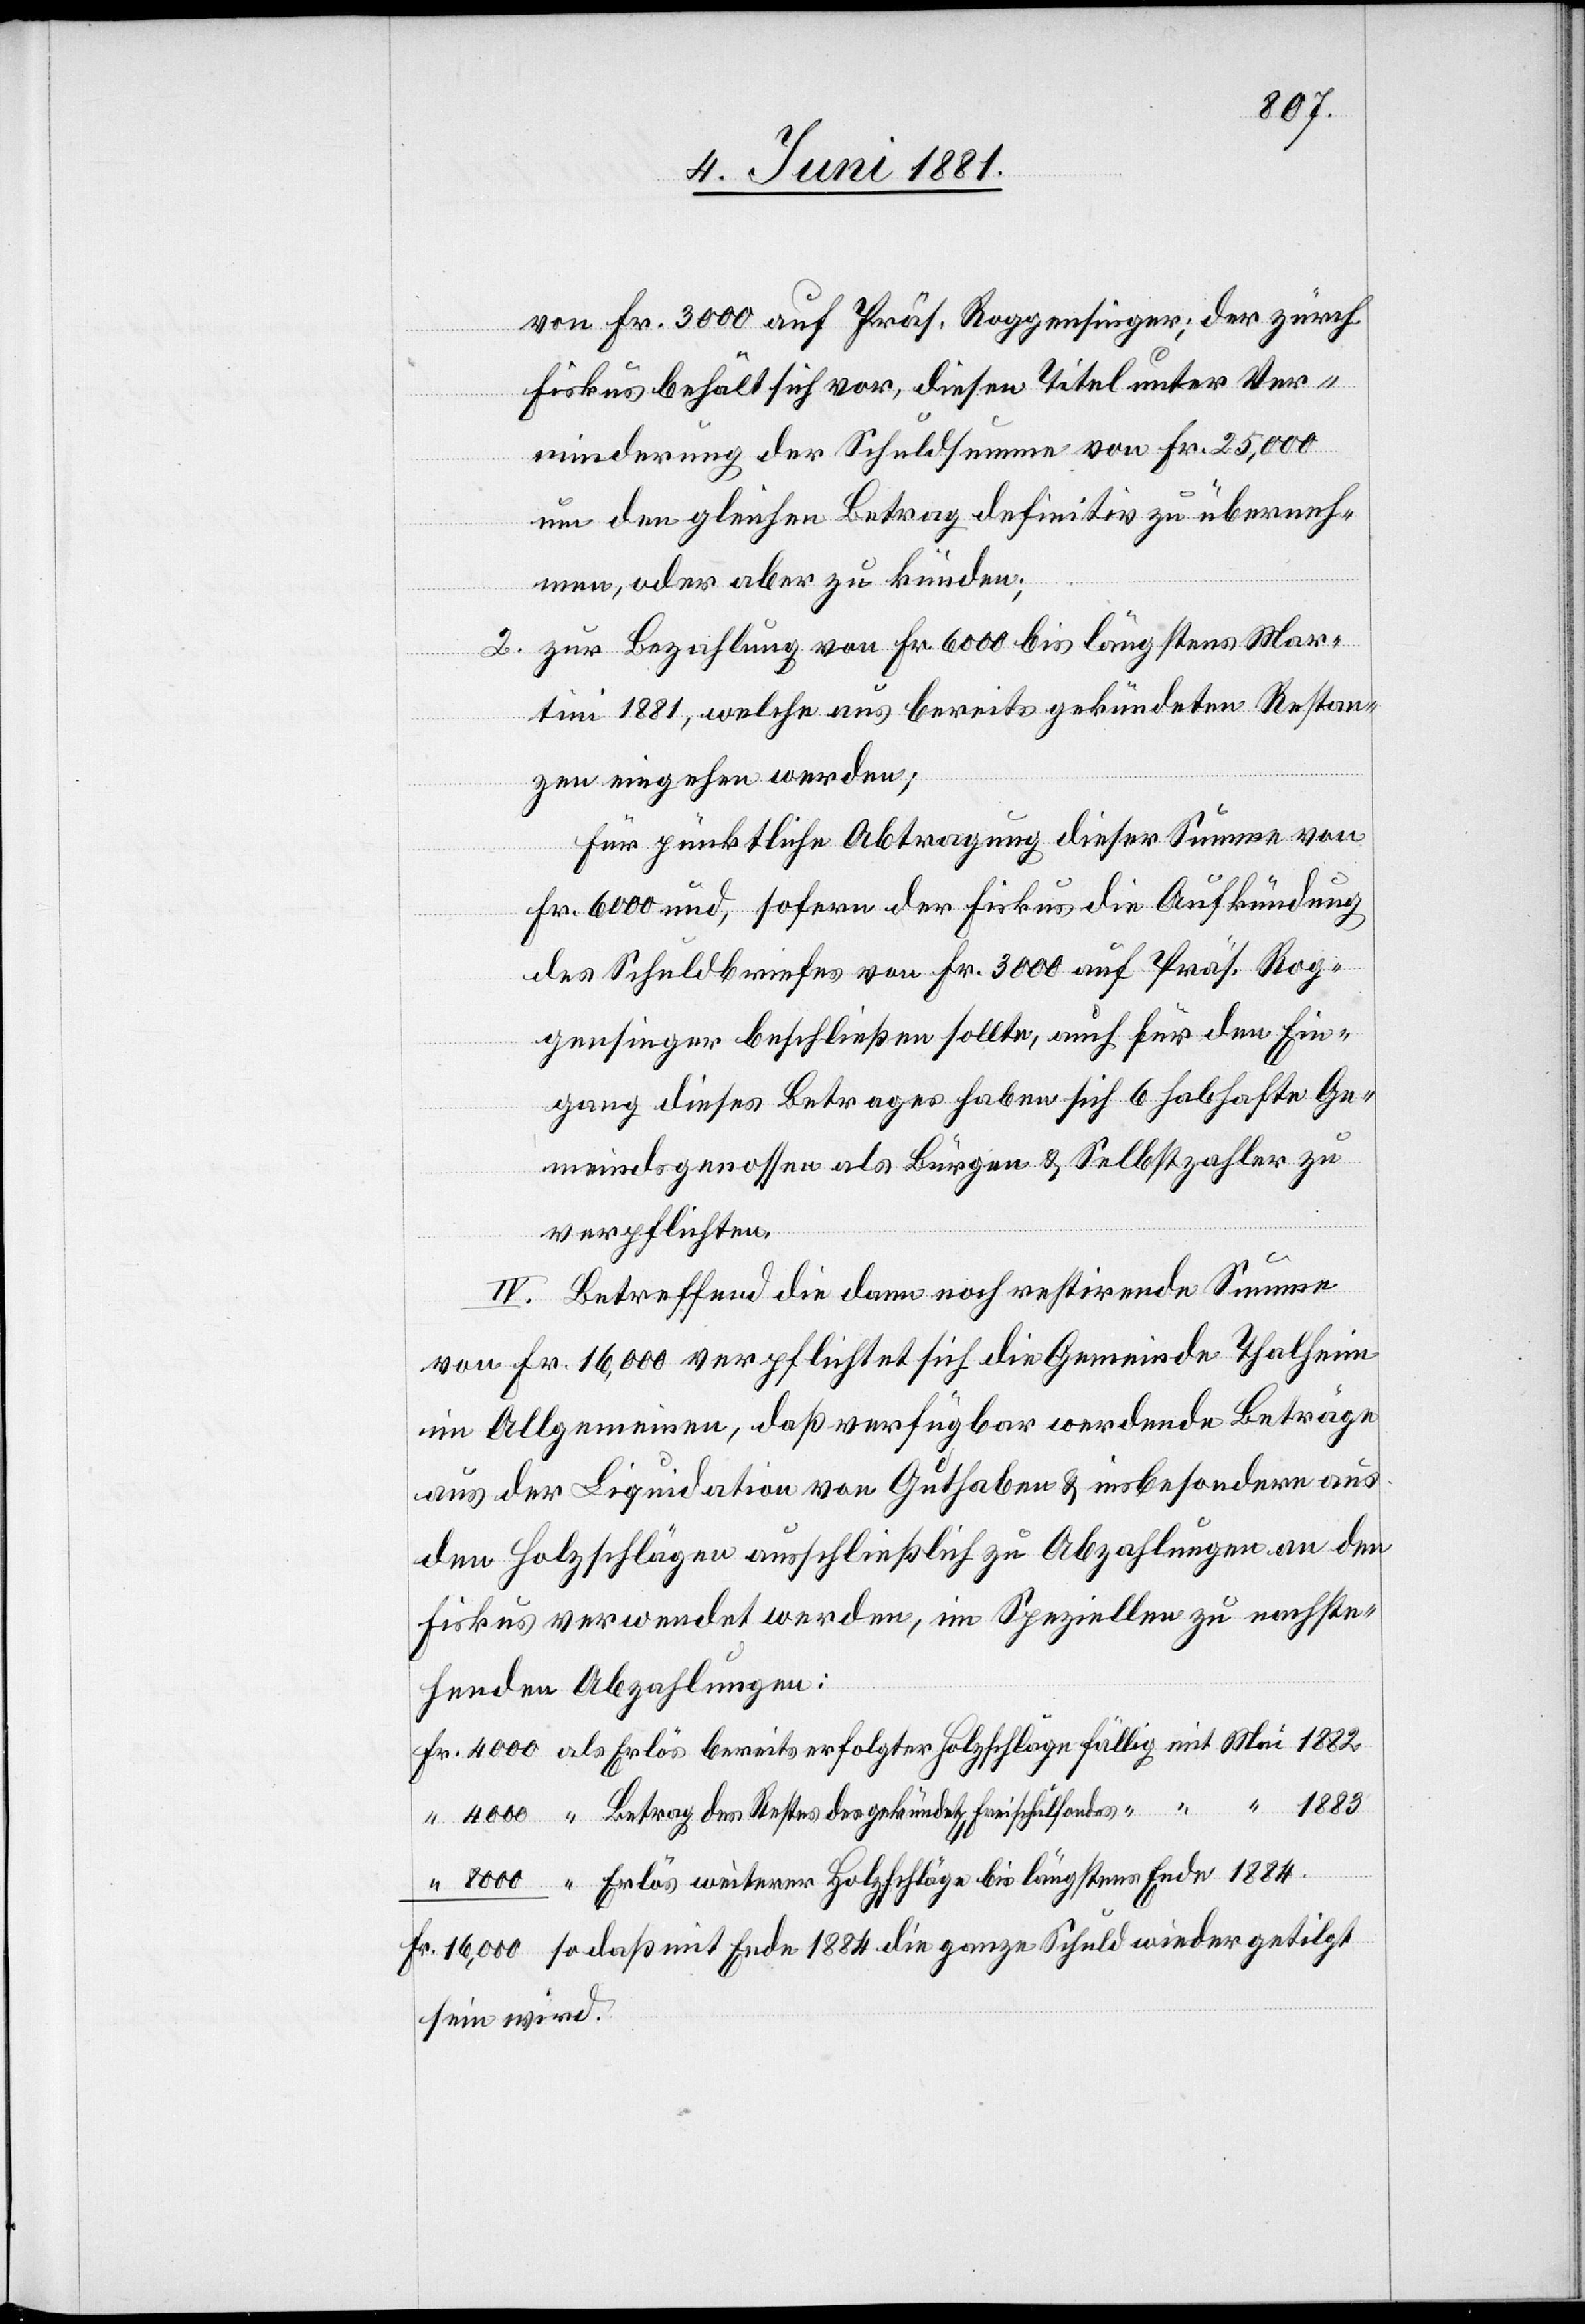
die

von Fr. 3000 auf Präs. Reggensinger; der zürch.
Fiskus behält sich vor, diesen Titel unter Ver¬
minderung der Schuldsumme von Fr. 25,000
um den gleichen Betrag definitiv zu überneh¬
men, oder aber zu künden;
zu Bezahlung von Fr. 6000 bis längstens Mar¬
2.
tini 1881, welche aus bereits gekündeten Restan¬
zen eingehen werden;
für pünktliche Abtragung dieser Summe von
Fr. 6000 und, sofern der Fiskus die Aufkündigung
des Schuldbriefes von Fr. 3000 auf Präs. Rog¬
gensinger beschließen sollte, auch für den Ein¬
gang dieses Betrages haben sich 6 habhafte Ge¬
meindsgenossen als Bürgen & Selbstzahler zu
verpflichten.
IV. Betreffend die dann noch restirende Summe
von Fr. 16,000 verpflichtet sich die Gemeinde Thalheim
im Allgemeinen, daß verfügbar werdende Beträge
aus der Liquidation von Guthaben & insbesondere aus
den Holzschlägen ausschließlich zu Abzahlungen an den
Fiskus verwendet werden, im Speziellen zu nachste¬
henden Abzahlungen:
“ Betrag des Restes des gekündet[en] Freischulfondes “ “ “ 1883
“ Erlös weiterer Holzschläge bis längstens Ende 1884.
sein wird.